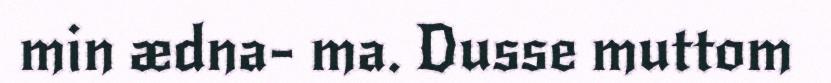
min ædna- ma. Dusse muttom